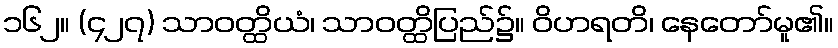
၁၆၂။ (၄၂၇) သာဝတ္ထိယံ၊ သာဝတ္ထိပြည်၌။ ဝိဟရတိ၊ နေတော်မူ၏။